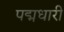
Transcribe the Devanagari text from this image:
पद्मधारी